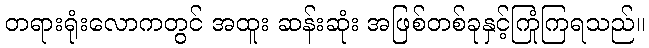
တရားရုံးလောကတွင် အထူး ဆန်းဆုံး အဖြစ်တစ်ခုနှင့်ကြုံကြရသည်။